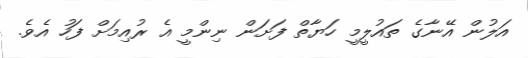
އަލުން އޭނާގެ ތައުލީމީ ހަޔާތް ފަށަން ނިންމީ އެ ރުއިމަށް ފަހު އެވެ.